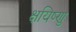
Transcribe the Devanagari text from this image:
क्षयिष्णु